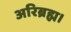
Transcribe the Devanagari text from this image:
अरिब्रह्म।